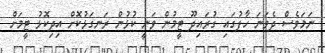
ނަމަވެސް ދެވަނަ ހާފުގައި ގުރައިދޫ ޓީމުން ވަނީ ކުޅުން ރަނގަޅުކޮށް އިދިކޮޅު ޓީމަށް